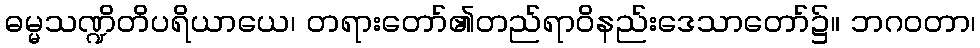
ဓမ္မသဏ္ဍိတိပရိယာယေ၊ တရားတော်၏တည်ရာဝိနည်းဒေသာတော်၌။ ဘဂဝတာ၊